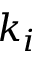
k _ { i }